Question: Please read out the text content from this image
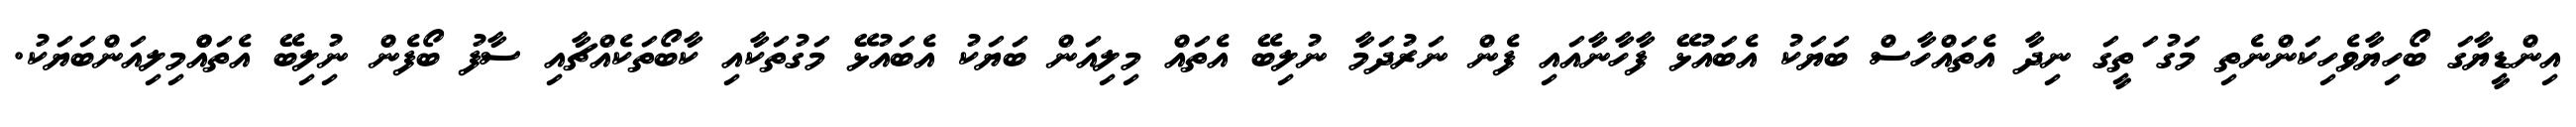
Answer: އިންޑީޔާގަ ބޯހިޔާވެހިކަންނެތި މަގު ަތީގަ ނިދާ އެތައްހާސް ބަޔަކު އެބައުޅޭ ފާހާނާއައި ފެން ނަރުދަމާ ނުލިބޭ އެތައް މިލިއަން ބަޔަކު އެބައުޅޭ މަގުތަކާއި ކާބޯތަކެއްޗާއި ސާފު ބޯފެން ނުިލިބޭ އެތައްްމިލިއަންބަޔަކު.